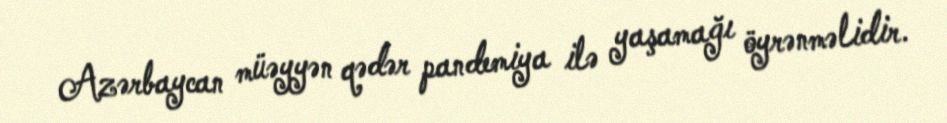
Azərbaycan müəyyən qədər pandemiya ilə yaşamağı öyrənməlidir.